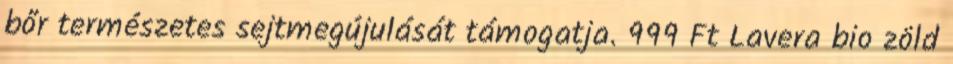
bőr természetes sejtmegújulását támogatja. 999 Ft Lavera bio zöld